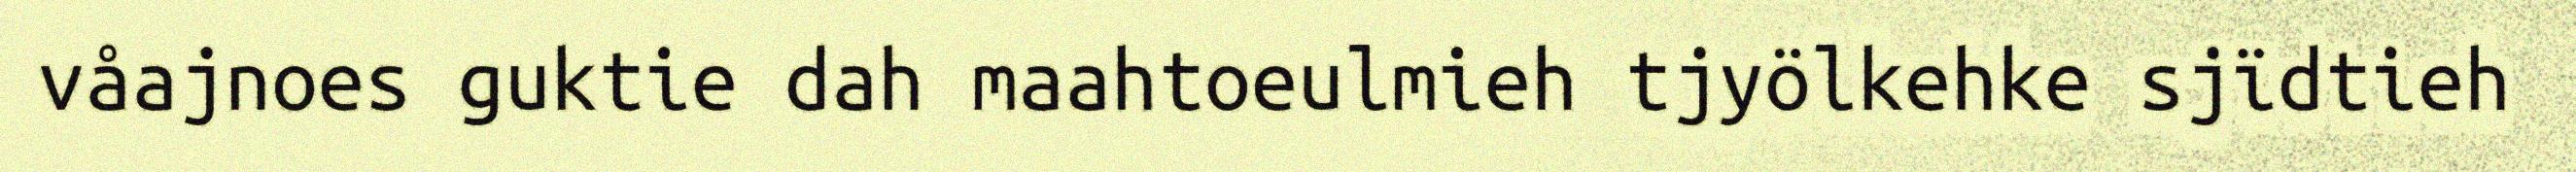
våajnoes guktie dah maahtoeulmieh tjyölkehke sjïdtieh